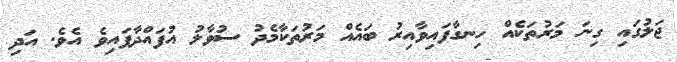
ޖަލުގައި ގިނަ މަރުތަކެއް ހިނގާފައިވާއިރު ބައެއް މަރުތަކާމެދު ސުވާލު އުފައްދާފައިވެ އެވެ. އަދި